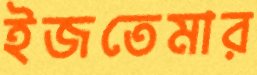
ইজতেমার